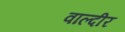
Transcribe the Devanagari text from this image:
वाल्दीर